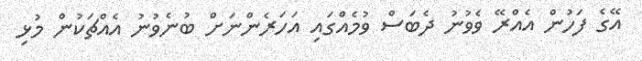
އޭގެ ފަހުން އެއްރޭ ވެވުނު ދެބަސް ވުމެއްގައި އަހަރެންނަށް ބުނެވުނު އެއްޗަކުން މުޅި